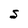
Character: S